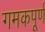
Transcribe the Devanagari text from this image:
गमकपूर्ण